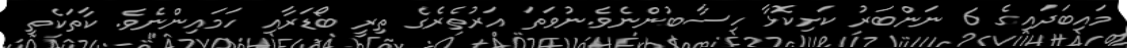
މައިބަދައިގެ 6 ނަންބަރު ކަށިކޮޅާ ހިސާބުންނެވެ.ނުވަތަ އަރުތެރެގެ ތިރީ ބޯޑަރާއި ހަމައިންނެވެ. ކާތަކެތި